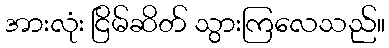
အားလုံး ငြိမ်ဆိတ် သွားကြလေသည်။